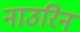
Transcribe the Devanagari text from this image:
नाउरिन